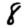
Digit: 8